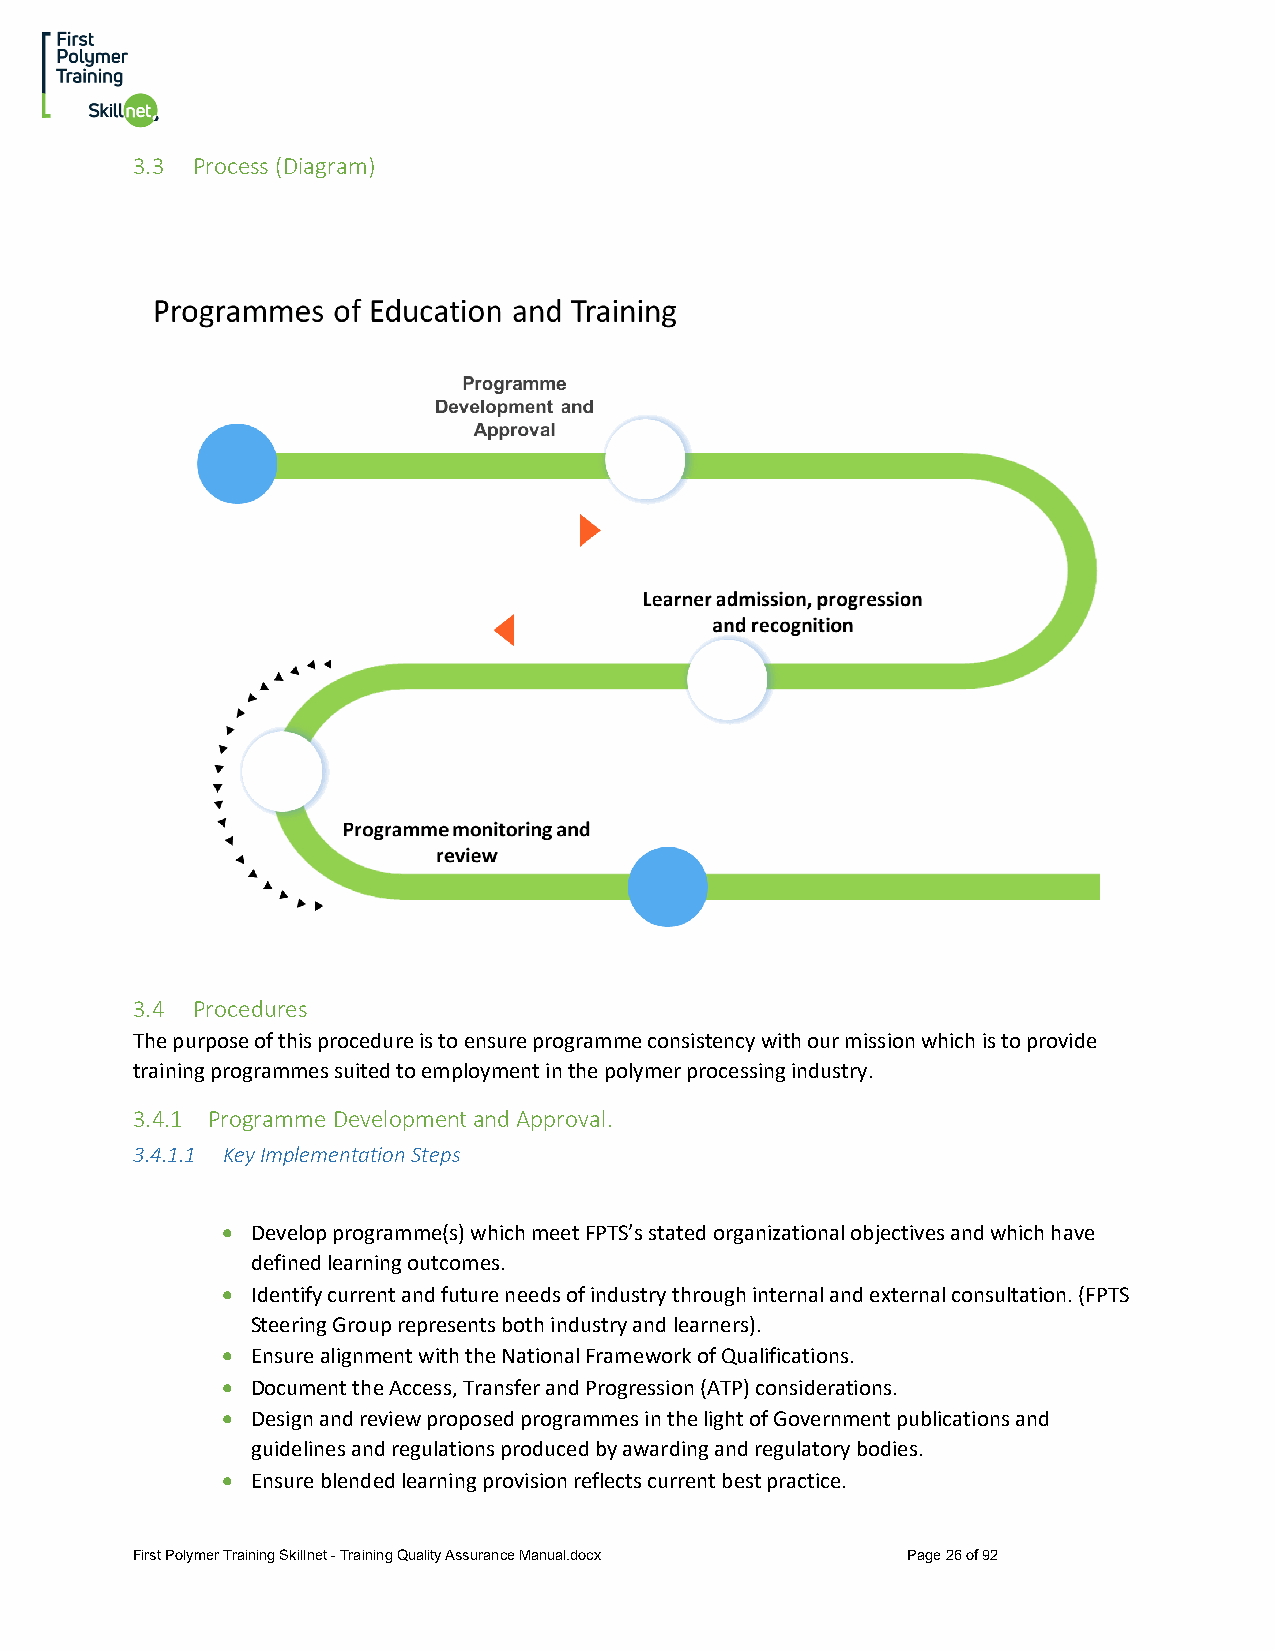
3.3 Process (Diagram)
 3.4 Procedures
 The purpose of this procedure is to ensure programme consistency with our mission which is to provide
 training programmes suited to employment in the polymer processing industry.
 3.4.1 Programme Development and Approval.
 3.4.1.1 Key Implementation Steps
 • Develop programme(s) which meet FPTS’s stated organizational objectives and which have
 defined learning outcomes.
 • Identify current and future needs of industry through internal and external consultation. (FPTS
 Steering Group represents both industry and learners).
 • Ensure alignment with the National Framework of Qualifications.
 • Document the Access, Transfer and Progression (ATP) considerations.
 • Design and review proposed programmes in the light of Government publications and
 guidelines and regulations produced by awarding and regulatory bodies.
 • Ensure blended learning provision reflects current best practice.
 First Polymer Training Skillnet - Training Quality Assurance Manual.docx Page 26 of 92